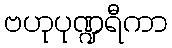
ဗဟုပုဏ္ဍရီကာ